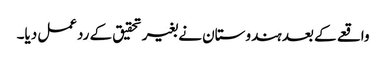
واقعے کے بعد ہندوستان نے بغیر تحقیق کے ردعمل دیا۔